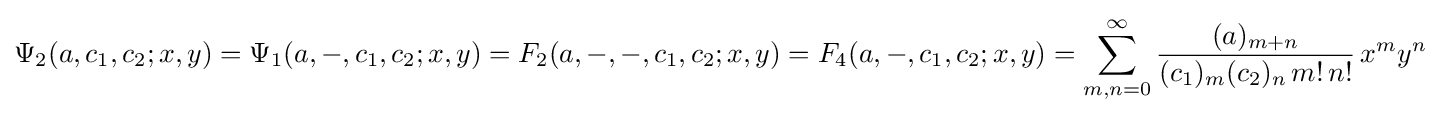
\Psi _{2}(a,c_{1},c_{2};x,y)=\Psi _{1}(a,-,c_{1},c_{2};x,y)=F_{2}(a,-,-,c_{1},c_{2};x,y)=F_{4}(a,-,c_{1},c_{2};x,y)=\sum _{m,n=0}^{\infty }{\frac {(a)_{m+n}}{(c_{1})_{m}(c_{2})_{n}\,m!\,n!}}\,x^{m}y^{n}~